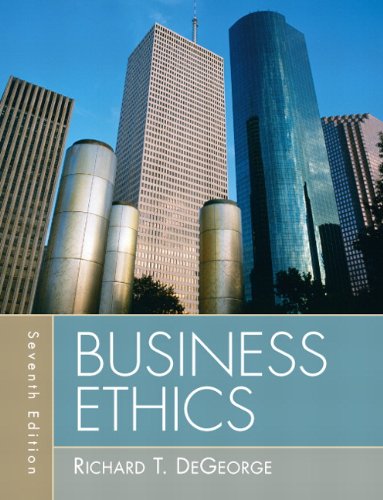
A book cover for Business Ethics (7th Edition); Richard T DeGeorge; Business & Money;